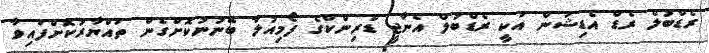
ރެޑްބުލް ރެޑް އެޑިޝަން އަކީ ރެޑްބުލް އެނާޖީ ޑްރިންކްގެ ފޯމިއުލާ ބޭނުނުކޮށްގެން ތައްޔާރުކޮށްފައިވާ